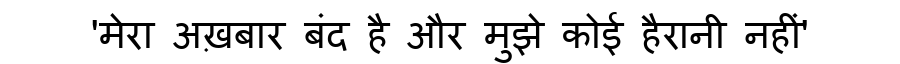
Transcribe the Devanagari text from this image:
'मेरा अख़बार बंद है और मुझे कोई हैरानी नहीं'